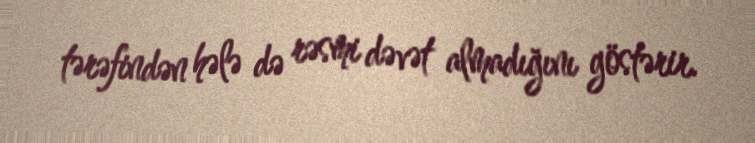
tərəfindən hələ də rəsmi dəvət almadığını göstərir.